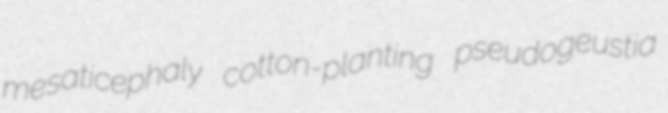
mesaticephaly cotton-planting pseudogeustia